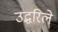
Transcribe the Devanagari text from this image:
उद्धरिले